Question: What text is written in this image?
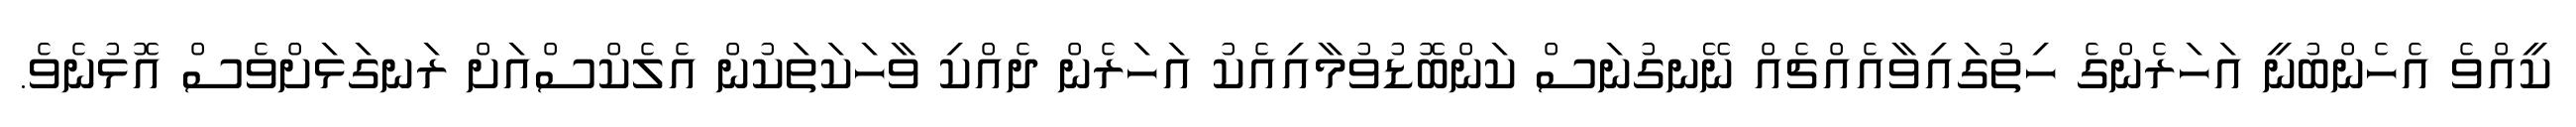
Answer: ކީއްވެ އެހެންބުނީ އަހަރެންގެ ހިތުގައިވާއެއްޗެއް ނޭނގުނަސް ކަންބޮޑުވުމާއިއެކު އަހަރެން ދެއްކި ވާހަކަތަކުން އެލެކްސްއަށް ރަނގަޅަށްވެސް އޮޅުނެވެ.